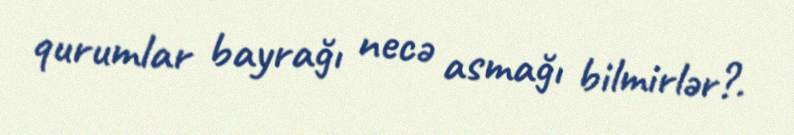
qurumlar bayrağı necə asmağı bilmirlər?.